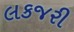
લકજરી